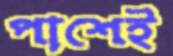
পাশেই